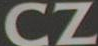
CZ